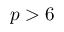
p > 6